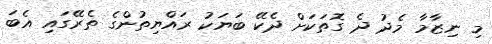
މި ނިޒާމާ މެދު ދެ ގޮތަކަށް ދެކޭ ބަޔަކު ރައްޔިތުންގެ ތެރޭގައި އެބަ